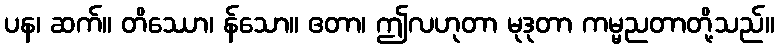
ပန၊ ဆက်။ တိဿော၊ န်သော။ ဧတာ၊ ဤလဟုတာ မုဒုတာ ကမ္မညတာတို့သည်။